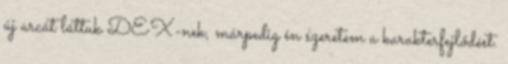
új arcát láttuk DEX-nek, márpedig én szeretem a karakterfejlődést.